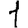
Digit: 1